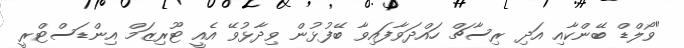
"ވޯލްޑް ބޭންކާއި އަދި ރިސާޗް ހައްދަވާފައިވާ ބޭފުޅުން ވިދާޅުވޭ އެއީ ޓޫރިޒަމް އިންޑަސްޓްރީ